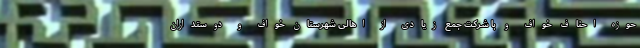
حوزه احناف خواف و با شرکت جمع زیادی از اهالی شهرستان خواف و دوستداران